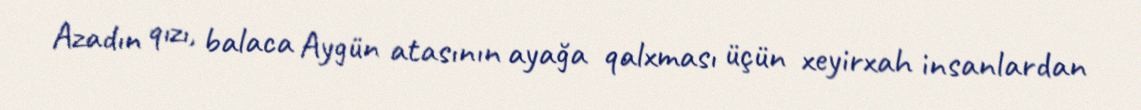
Azadın qızı, balaca Aygün atasının ayağa qalxması üçün xeyirxah insanlardan